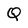
Character: Q